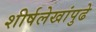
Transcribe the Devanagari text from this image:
शीर्षलेखांपुढे